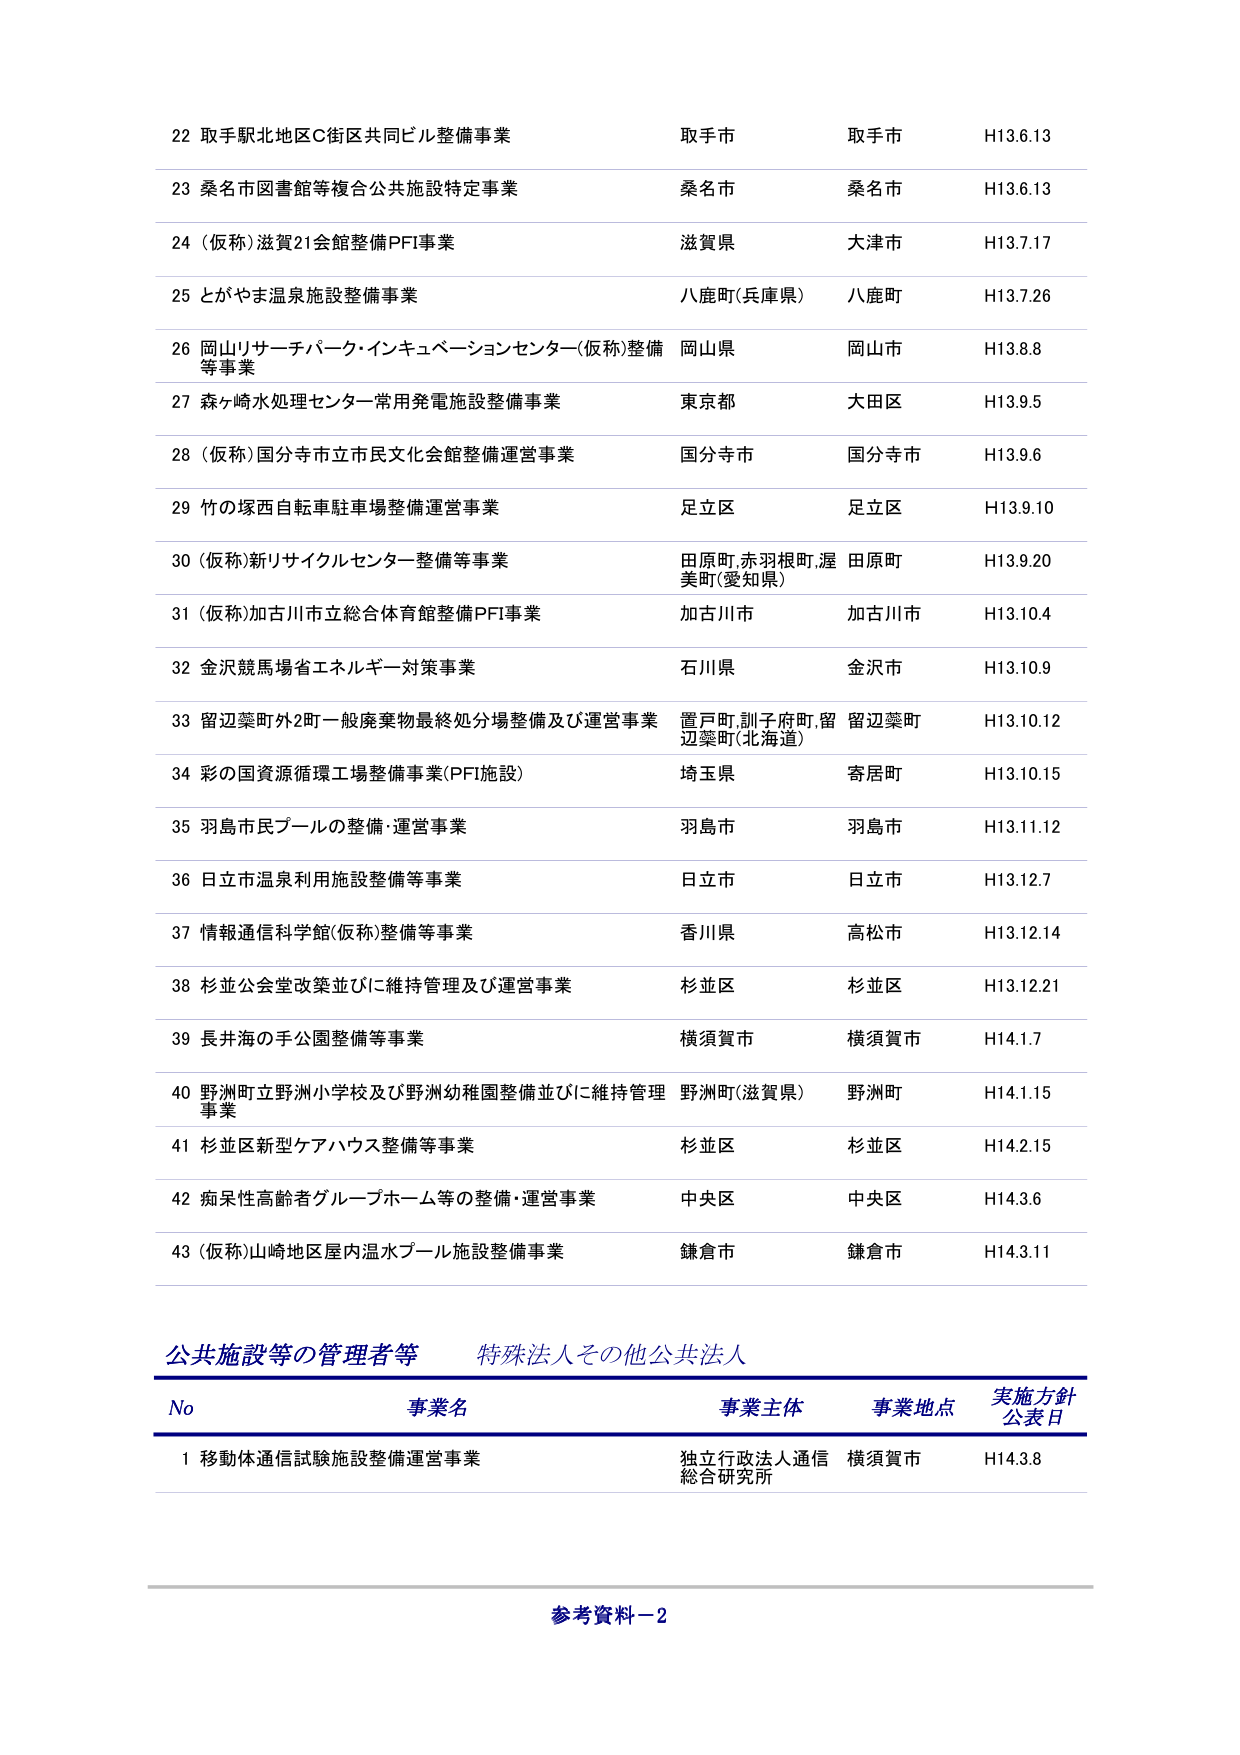
22 取手駅北地区C街区共同ビル整備事業 取手市 取手市 H13.6.13
23 桑名市図書館等複合公共施設特定事業 桑名市 桑名市 H13.6.13
24 (仮称)滋賀21会館整備PFI事業 滋賀県 大津市 H13.7.17
25 とがやま温泉施設整備事業 八鹿町(兵庫県) 八鹿町 H13.7.26
26 岡山リサーチパーク・インキュベーションセンター(仮称)整備等事業 岡山県 岡山市 H13.8.8
27 森ヶ崎水処理センター常用発電施設整備事業 東京都 大田区 H13.9.5
28 (仮称)国分寺市立市民文化会館整備運営事業 国分寺市 国分寺市 H13.9.6
29 竹の塚西自転車駐車場整備運営事業 足立区 足立区 H13.9.10
30 (仮称)新リサイクルセンター整備等事業 田原町,赤羽根町,渥美町(愛知県) 田原町 H13.9.20
31 (仮称)加古川市立総合体育館整備PFI事業 加古川市 加古川市 H13.10.4
32 金沢競馬場省エネルギー対策事業 石川県 金沢市 H13.10.9
33 留辺蘂町外2町一般廃棄物最終処分場整備及び運営事業 置戸町,訓子府町,留辺蘂町(北海道) 留辺蘂町 H13.10.12
34 彩の国資源循環工場整備事業(PFI施設) 埼玉県 寄居町 H13.10.15
35 羽島市民プールの整備・運営事業 羽島市 羽島市 H13.11.12
36 日立市温泉利用施設整備等事業 日立市 日立市 H13.12.7
37 情報通信科学館(仮称)整備等事業 香川県 高松市 H13.12.14
38 杉並公会堂改築並びに維持管理及び運営事業 杉並区 杉並区 H13.12.21
39 長井海の手公園整備等事業 横須賀市 横須賀市 H14.1.7
40 野洲町立野洲小学校及び野洲幼稚園整備並びに維持管理事業 野洲町(滋賀県) 野洲町 H14.1.15
41 杉並区新型ケアハウス整備等事業 杉並区 杉並区 H14.2.15
42 痴呆性高齢者グループホーム等の整備・運営事業 中央区 中央区 H14.3.6
43 (仮称)山崎地区屋内温水プール施設整備事業 鎌倉市 鎌倉市 H14.3.11

公共施設等の管理者等 特殊法人その他公共法人
No 事業名 事業主体 事業地点 実施方針公表日
1 移動体通信試験施設整備運営事業 独立行政法人通信総合研究所 横須賀市 H14.3.8

参考資料－2